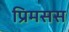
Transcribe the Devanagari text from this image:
प्रिमसस